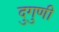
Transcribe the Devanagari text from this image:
दुगुणी